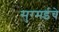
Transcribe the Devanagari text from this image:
सुरमईचे